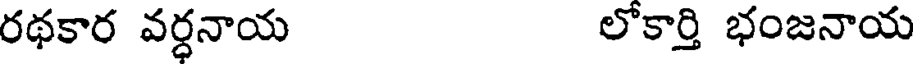
రథకార వర్ధనాయ లోకార్తి భంజనాయ